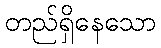
တည်ရှိနေသော